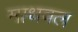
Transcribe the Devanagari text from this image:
माधवल